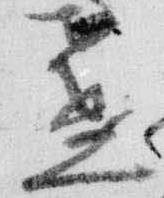
盞